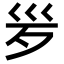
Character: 𣧄